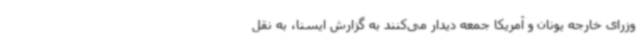
وزرای خارجه یونان و آمریکا جمعه دیدار می‌کنند به گزارش ایسنا، به نقل